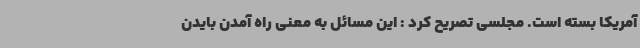
آمریکا بسته است. مجلسی تصریح کرد : این مسائل به معنی راه آمدن بایدن